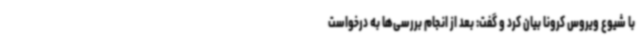
با شیوع ویروس کرونا بیان کرد و گفت: بعد از انجام بررسی‌ها به درخواست